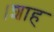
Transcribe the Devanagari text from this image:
।शाह